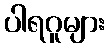
ပါရဂူများ